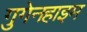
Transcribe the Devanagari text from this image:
गुगेनहाइम